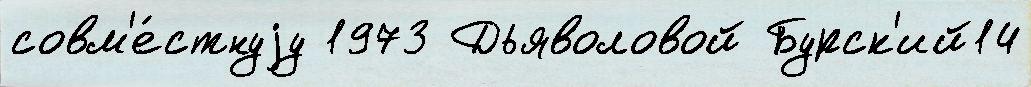
совм'е́стнуjу 1973 Дьяволовой Бурск'ий14